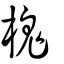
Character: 槐